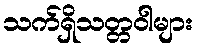
သက်ရှိသတ္တဝါများ